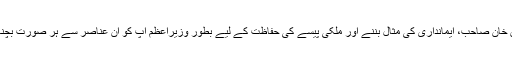
عمران خان صاحب، ایمانداری کی مثال بننے اور ملکی پیسے کی حفاظت کے لیے بطور وزیراعظم آپ کو ان عناصر سے ہر صورت بچنا ہوگا۔